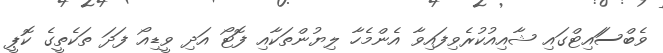
ވެބްސަައިޓްގައި ޝާއިއުކުރެވިފައިވާ އެންމެހާ ލިޔުންތަކާއި ފޮޓޯ އަދި ވީޑިއޯ ފަދަ ތަކެތީގެ ކޮޕީ